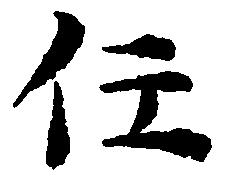
任